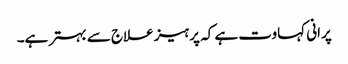
پرانی کہاوت ہے کہ پرہیز علاج سے بہتر ہے۔